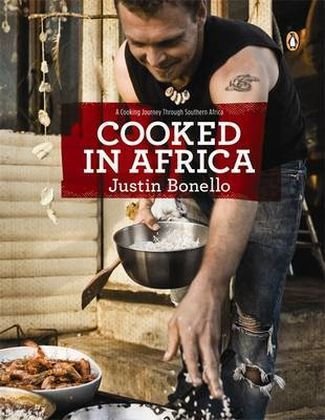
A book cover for Cooked In Africa; Justin Bonello; Cookbooks, Food & Wine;